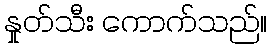
နှုတ်သီး ကောက်သည်။